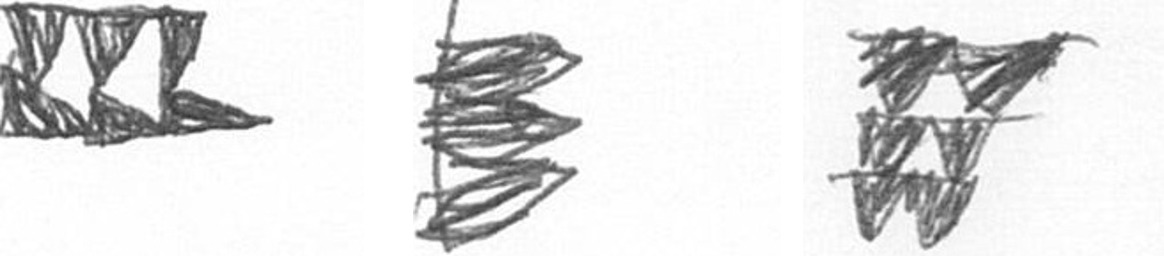
D H Y